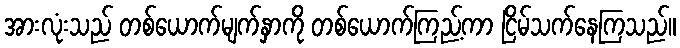
အားလုံးသည် တစ်ယောက်မျက်နှာကို တစ်ယောက်ကြည့်ကာ ငြိမ်သက်နေကြသည်။